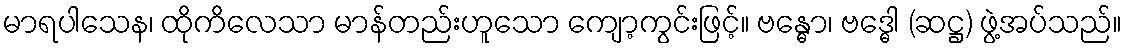
မာရပါသေန၊ ထိုကိလေသာ မာန်တည်းဟူသော ကျော့ကွင်းဖြင့်။ ဗန္ဓော၊ ဗဒ္ဓေါ (ဆဋ္ဌ) ဖွဲ့အပ်သည်။